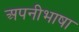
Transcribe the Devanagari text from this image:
अपनीभाषा